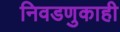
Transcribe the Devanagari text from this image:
निवडणुकाही